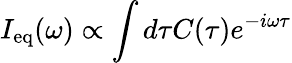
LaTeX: I_{\textrm{eq}}(\omega)\propto\int d\tau C(\tau)e^{-i\omega\tau}